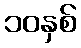
၁၀နှစ်